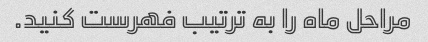
مراحل ماه را به ترتیب فهرست کنید.